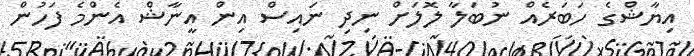
އިޔާޝްގެ ހަބަރެއް ނުބަލާ ލޮލަށް ނިދި ނައިސް އިން އީނާޝް އެންމެ ފަހުން